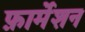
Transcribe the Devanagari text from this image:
फ़ार्मेशन